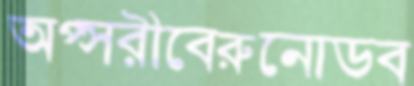
অপ্সরীবেরুনোডব